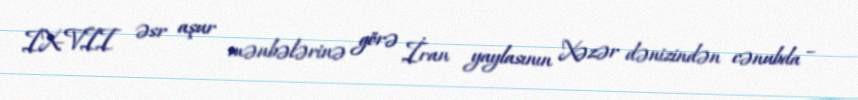
IX–VII əsr aşur mənbələrinə görə İran yaylasının Xəzər dənizindən cənubda –